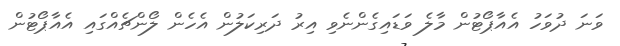
ވަނަ ދުވަހު އެއާޕޯޓުން މާލެ ވަޑައިގެންނެވި އިރު ދަރިކަލުން އެހެން ލޯންޗެއްގައި އެއާޕޯޓުން